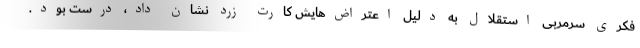
فکری سرمربی استقلال به دلیل اعتراض‌هایش کارت زرد نشان داد، درست بود.